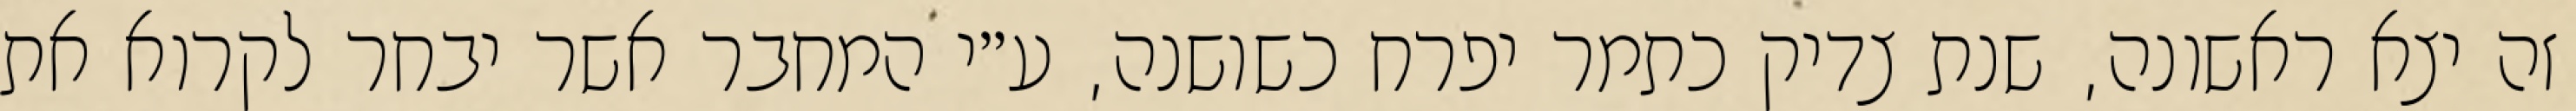
זה יצא ראשונה, שנת צדיק כתמר יפרח כשושנה, ע״י המחבר אשר יבחר לקרוא את